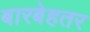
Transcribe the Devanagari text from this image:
बारबेहतर